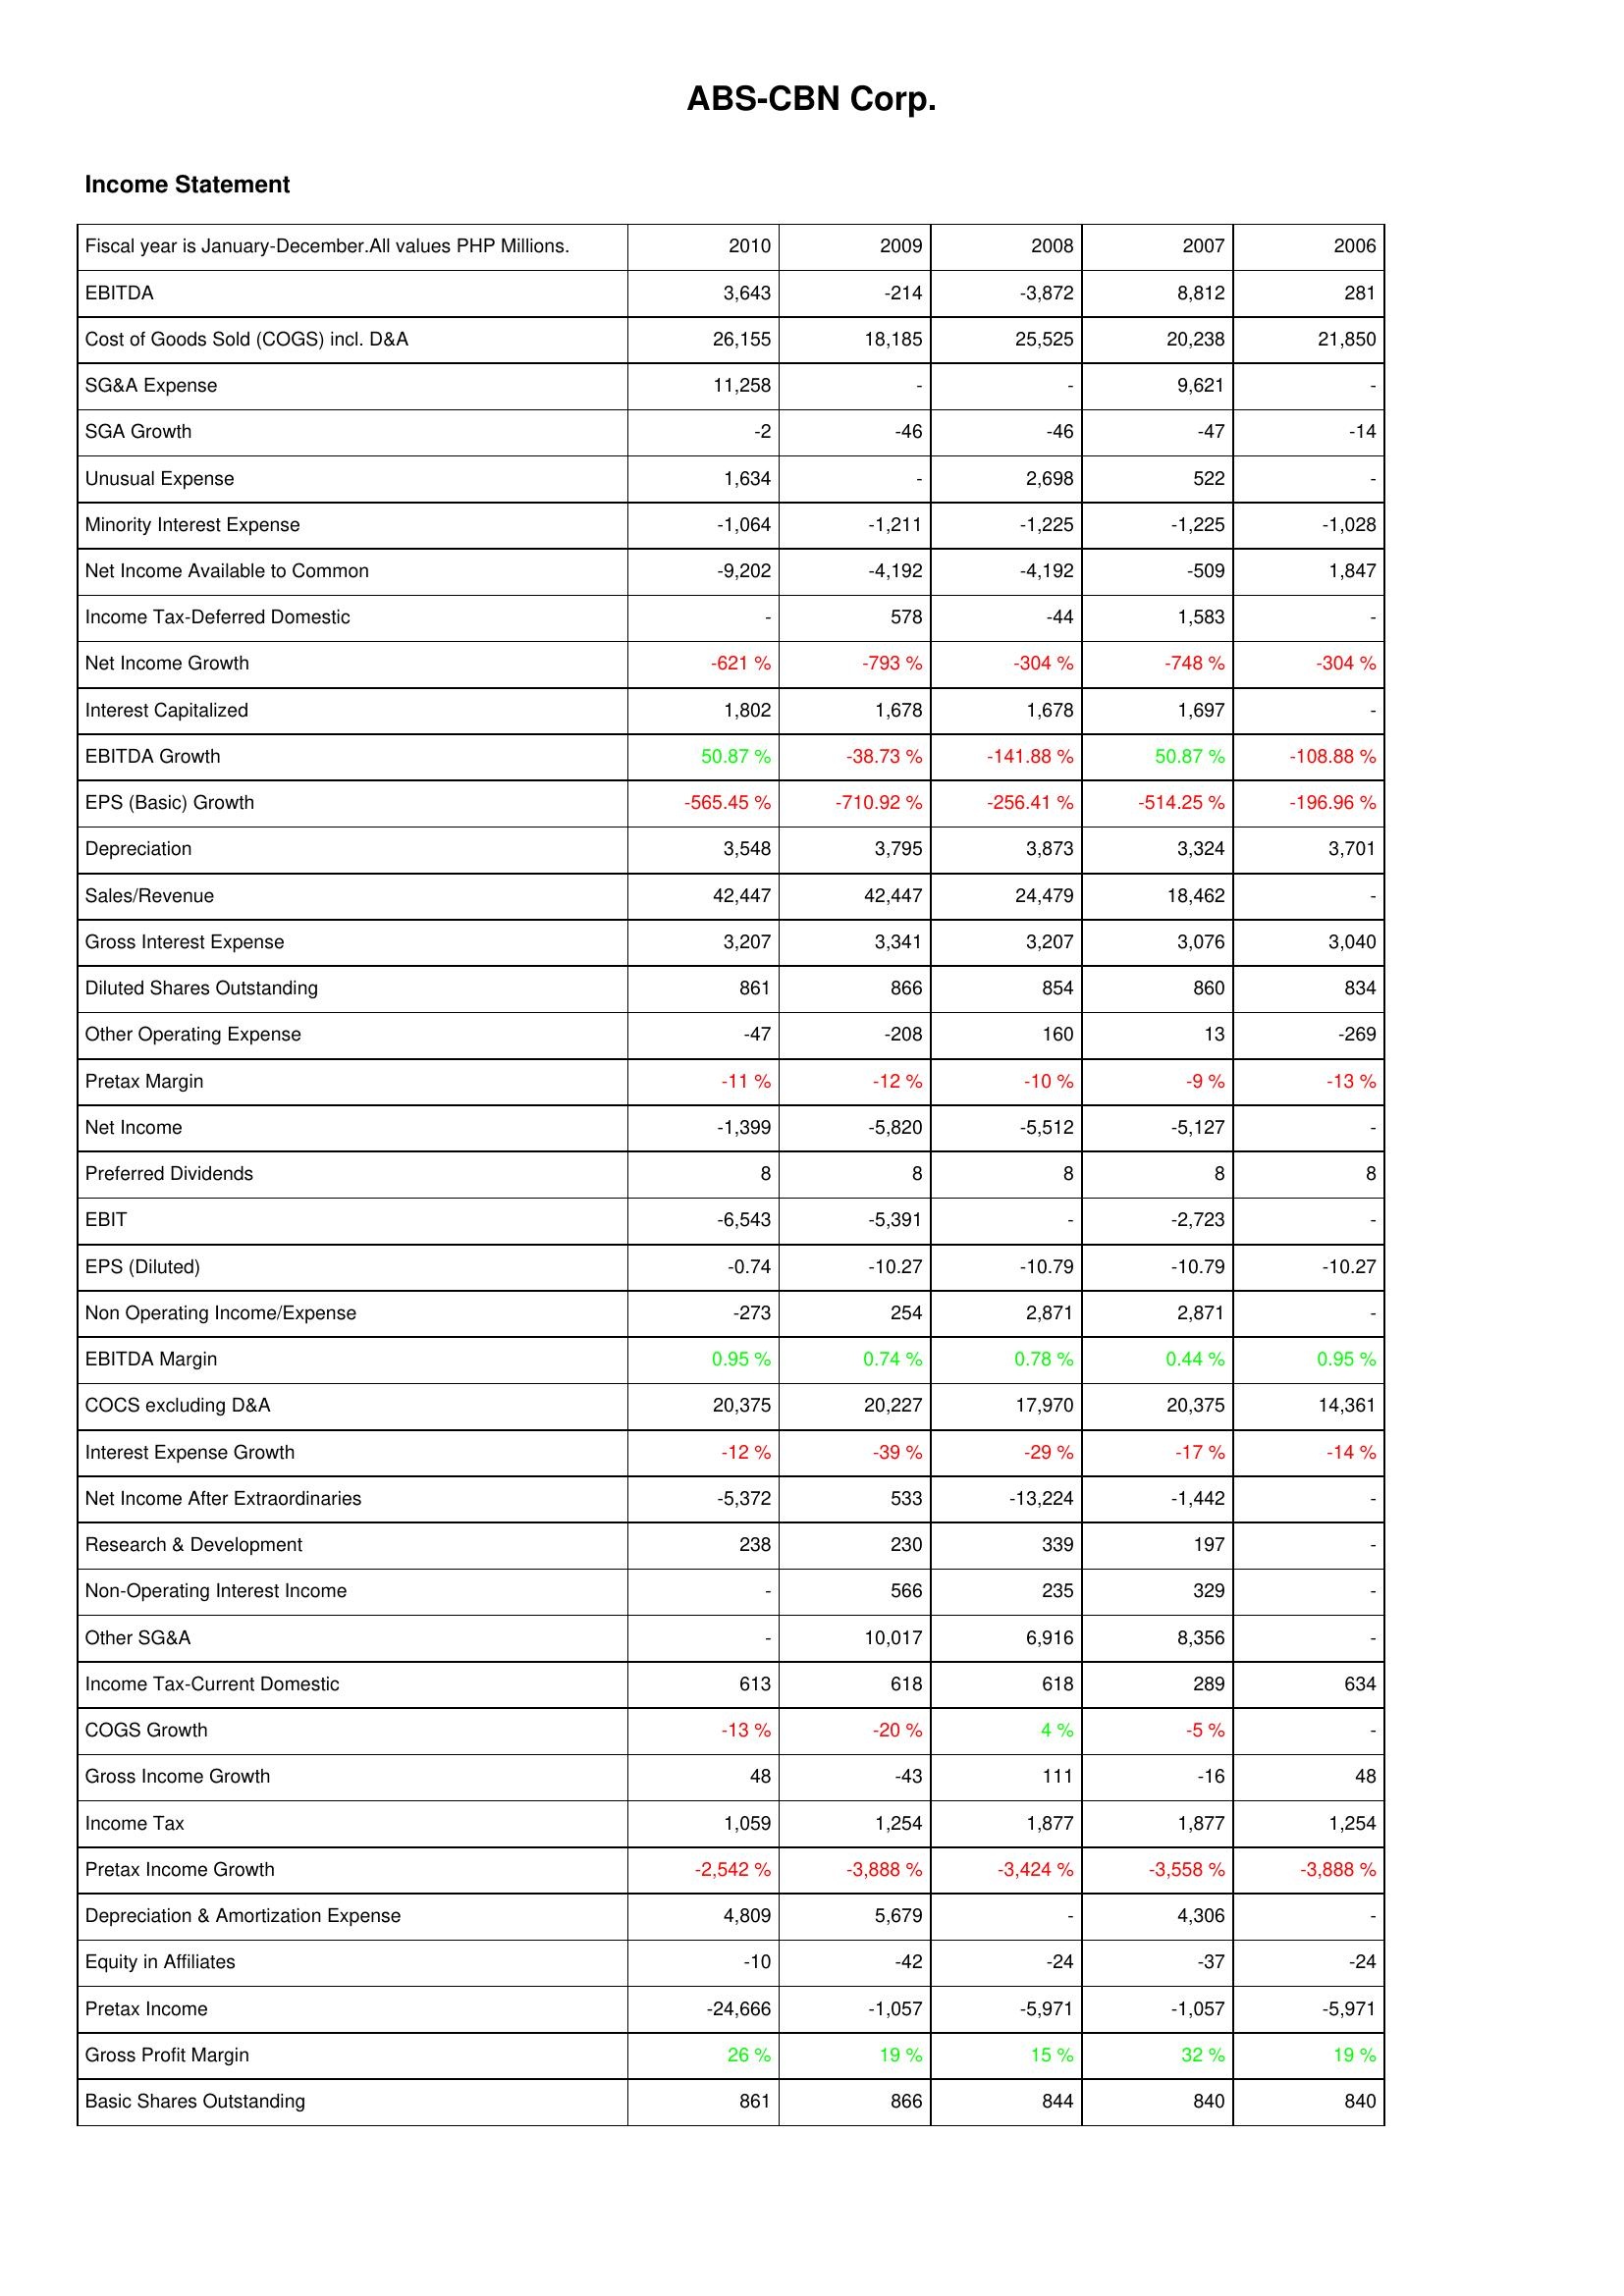
2010: Income Statement: EBITDA: 3,643
Cost of Goods Sold (COGS) incl. D&A: 26,155
SG&A Expense: 11,258
SGA Growth: -2
Unusual Expense: 1,634
Minority Interest Expense: -1,064
Net Income Available to Common: -9,202
Income Tax-Deferred Domestic: -
Net Income Growth: -621 %
Interest Capitalized: 1,802
EBITDA Growth: 50.87 %
EPS (Basic) Growth: -565.45 %
Depreciation: 3,548
Sales/Revenue: 42,447
Gross Interest Expense: 3,207
Diluted Shares Outstanding: 861
Other Operating Expense: -47
Pretax Margin: -11 %
Net Income: -1,399
Preferred Dividends: 8
EBIT: -6,543
EPS (Diluted): -0.74
Non Operating Income/Expense: -273
EBITDA Margin: 0.95 %
COCS excluding D&A: 20,375
Interest Expense Growth: -12 %
Net Income After Extraordinaries: -5,372
Research & Development: 238
Non-Operating Interest Income: -
Other SG&A: -
Income Tax-Current Domestic: 613
COGS Growth: -13 %
Gross Income Growth: 48
Income Tax: 1,059
Pretax Income Growth: -2,542 %
Depreciation & Amortization Expense: 4,809
Equity in Affiliates: -10
Pretax Income: -24,666
Gross Profit Margin: 26 %
Basic Shares Outstanding: 861
2009: Income Statement: EBITDA: -214
Cost of Goods Sold (COGS) incl. D&A: 18,185
SG&A Expense: -
SGA Growth: -46
Unusual Expense: -
Minority Interest Expense: -1,211
Net Income Available to Common: -4,192
Income Tax-Deferred Domestic: 578
Net Income Growth: -793 %
Interest Capitalized: 1,678
EBITDA Growth: -38.73 %
EPS (Basic) Growth: -710.92 %
Depreciation: 3,795
Sales/Revenue: 42,447
Gross Interest Expense: 3,341
Diluted Shares Outstanding: 866
Other Operating Expense: -208
Pretax Margin: -12 %
Net Income: -5,820
Preferred Dividends: 8
EBIT: -5,391
EPS (Diluted): -10.27
Non Operating Income/Expense: 254
EBITDA Margin: 0.74 %
COCS excluding D&A: 20,227
Interest Expense Growth: -39 %
Net Income After Extraordinaries: 533
Research & Development: 230
Non-Operating Interest Income: 566
Other SG&A: 10,017
Income Tax-Current Domestic: 618
COGS Growth: -20 %
Gross Income Growth: -43
Income Tax: 1,254
Pretax Income Growth: -3,888 %
Depreciation & Amortization Expense: 5,679
Equity in Affiliates: -42
Pretax Income: -1,057
Gross Profit Margin: 19 %
Basic Shares Outstanding: 866
2008: Income Statement: EBITDA: -3,872
Cost of Goods Sold (COGS) incl. D&A: 25,525
SG&A Expense: -
SGA Growth: -46
Unusual Expense: 2,698
Minority Interest Expense: -1,225
Net Income Available to Common: -4,192
Income Tax-Deferred Domestic: -44
Net Income Growth: -304 %
Interest Capitalized: 1,678
EBITDA Growth: -141.88 %
EPS (Basic) Growth: -256.41 %
Depreciation: 3,873
Sales/Revenue: 24,479
Gross Interest Expense: 3,207
Diluted Shares Outstanding: 854
Other Operating Expense: 160
Pretax Margin: -10 %
Net Income: -5,512
Preferred Dividends: 8
EBIT: -
EPS (Diluted): -10.79
Non Operating Income/Expense: 2,871
EBITDA Margin: 0.78 %
COCS excluding D&A: 17,970
Interest Expense Growth: -29 %
Net Income After Extraordinaries: -13,224
Research & Development: 339
Non-Operating Interest Income: 235
Other SG&A: 6,916
Income Tax-Current Domestic: 618
COGS Growth: 4 %
Gross Income Growth: 111
Income Tax: 1,877
Pretax Income Growth: -3,424 %
Depreciation & Amortization Expense: -
Equity in Affiliates: -24
Pretax Income: -5,971
Gross Profit Margin: 15 %
Basic Shares Outstanding: 844
2007: Income Statement: EBITDA: 8,812
Cost of Goods Sold (COGS) incl. D&A: 20,238
SG&A Expense: 9,621
SGA Growth: -47
Unusual Expense: 522
Minority Interest Expense: -1,225
Net Income Available to Common: -509
Income Tax-Deferred Domestic: 1,583
Net Income Growth: -748 %
Interest Capitalized: 1,697
EBITDA Growth: 50.87 %
EPS (Basic) Growth: -514.25 %
Depreciation: 3,324
Sales/Revenue: 18,462
Gross Interest Expense: 3,076
Diluted Shares Outstanding: 860
Other Operating Expense: 13
Pretax Margin: -9 %
Net Income: -5,127
Preferred Dividends: 8
EBIT: -2,723
EPS (Diluted): -10.79
Non Operating Income/Expense: 2,871
EBITDA Margin: 0.44 %
COCS excluding D&A: 20,375
Interest Expense Growth: -17 %
Net Income After Extraordinaries: -1,442
Research & Development: 197
Non-Operating Interest Income: 329
Other SG&A: 8,356
Income Tax-Current Domestic: 289
COGS Growth: -5 %
Gross Income Growth: -16
Income Tax: 1,877
Pretax Income Growth: -3,558 %
Depreciation & Amortization Expense: 4,306
Equity in Affiliates: -37
Pretax Income: -1,057
Gross Profit Margin: 32 %
Basic Shares Outstanding: 840
2006: Income Statement: EBITDA: 281
Cost of Goods Sold (COGS) incl. D&A: 21,850
SG&A Expense: -
SGA Growth: -14
Unusual Expense: -
Minority Interest Expense: -1,028
Net Income Available to Common: 1,847
Income Tax-Deferred Domestic: -
Net Income Growth: -304 %
Interest Capitalized: -
EBITDA Growth: -108.88 %
EPS (Basic) Growth: -196.96 %
Depreciation: 3,701
Sales/Revenue: -
Gross Interest Expense: 3,040
Diluted Shares Outstanding: 834
Other Operating Expense: -269
Pretax Margin: -13 %
Net Income: -
Preferred Dividends: 8
EBIT: -
EPS (Diluted): -10.27
Non Operating Income/Expense: -
EBITDA Margin: 0.95 %
COCS excluding D&A: 14,361
Interest Expense Growth: -14 %
Net Income After Extraordinaries: -
Research & Development: -
Non-Operating Interest Income: -
Other SG&A: -
Income Tax-Current Domestic: 634
COGS Growth: -
Gross Income Growth: 48
Income Tax: 1,254
Pretax Income Growth: -3,888 %
Depreciation & Amortization Expense: -
Equity in Affiliates: -24
Pretax Income: -5,971
Gross Profit Margin: 19 %
Basic Shares Outstanding: 840